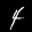
Label: 4